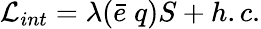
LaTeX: {\cal L}_{int}=\lambda(\bar{e}\; q)S+h.c.